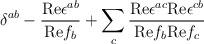
LaTeX: \begin{align*}\delta^{ab} - {{\rm Re}\epsilon^{ab}\over{\rm Re}f_b} + \sum_c{{\rm Re}\epsilon^{ac}{\rm Re}\epsilon^{cb}\over{\rm Re}f_b{\rm Re}f_c}\end{align*}